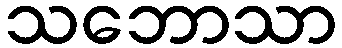
သဘောသာ